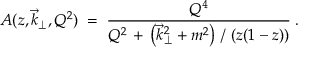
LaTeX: A ( z , \vec { k } _ { \perp } , Q ^ { 2 } ) \; = \; \frac { Q ^ { 4 } } { Q ^ { 2 } \, + \, \left( \vec { k } _ { \perp } ^ { 2 } + m ^ { 2 } \right) \, / \, \left( z ( 1 - z ) \right) } \; .